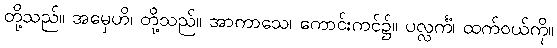
တို့သည်။ အမှေဟိ၊ တို့သည်။ အာကာသေ၊ ကောင်းကင်၌။ ပလ္လင်္ကံ၊ ထက်ဝယ်ကို။